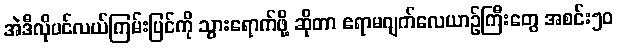
အဲဒီလိုပင်လယ်ကြမ်းပြင်ကို သွားရောက်ဖို့ ဆိုတာ ဧရာမဂျက်လေယာဉ်ကြီးတွေ အစင်း၅၀